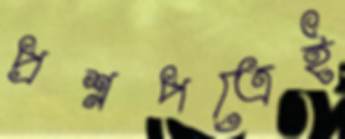
প্রশ্নপত্রেই